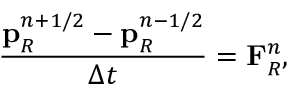
\frac { \mathbf { p } _ { R } ^ { n + 1 / 2 } - \mathbf { p } _ { R } ^ { n - 1 / 2 } } { \Delta t } = \mathbf { F } _ { R } ^ { n } ,